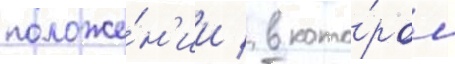
положе́н'ии / в кото́ром